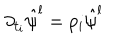
LaTeX: \partial _ { t _ { i } } \hat { \psi } ^ { l } = p _ { i } \hat { \psi } ^ { l }